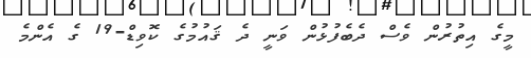
މީގެ އިތުރުން ވެސް ދެބެފުޅުން ވަނީ ދެ ޤައުމުގެ ކޮވިޑް-19 ގެ އެންމެ